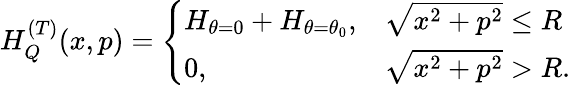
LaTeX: \begin{array}{r}{H_{Q}^{(T)}(x,p)=\left\{ \begin{array}{ll}{H_{\theta=0}+H_{\theta=\theta_{0}},}&{\sqrt{x^{2}+p^{2}}\leq R}\\ {0,}&{\sqrt{x^{2}+p^{2}}>R.}\end{array}\right.}\end{array}